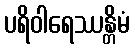
ပရိဝါရေဿန္တိမံ